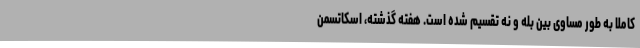
کاملاً به طور مساوی بین بله و نه تقسیم شده است. هفته گذشته، اسکاتسمن